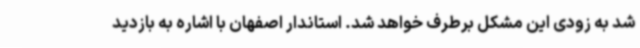
شد به زودی این مشکل برطرف خواهد شد. استاندار اصفهان با اشاره به بازدید